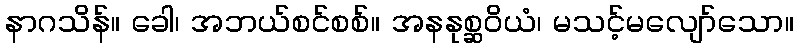
နာဂသိန်။ ခေါ၊ အဘယ်စင်စစ်။ အနနုစ္ဆဝိယံ၊ မသင့်မလျော်သော။